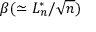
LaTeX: \beta ( \simeq L _ { n } ^ { * } / { \sqrt { n } } )